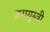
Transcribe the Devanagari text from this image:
ज़रायुस्त्री